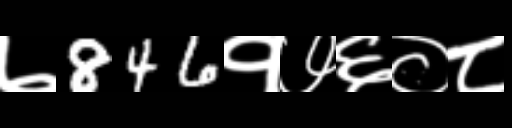
Text: ७846१७६०८